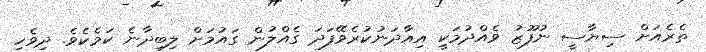
ތެރެއަށް ސިޔާސީ ނުފޫޒު ވެއްދުމަކީ އިއާދަނުކުރެވޭފަދަ ގެއްލުން ގައުމަށް ލިބިދާނެ ކަމެކެވެ. ދިވެހި